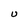
Character: U